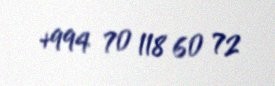
+994 70 118 60 72